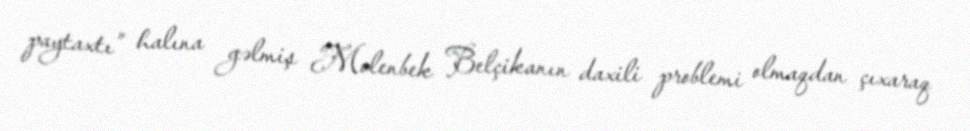
paytaxtı” halına gəlmiş Molenbek Belçikanın daxili problemi olmaqdan çıxaraq